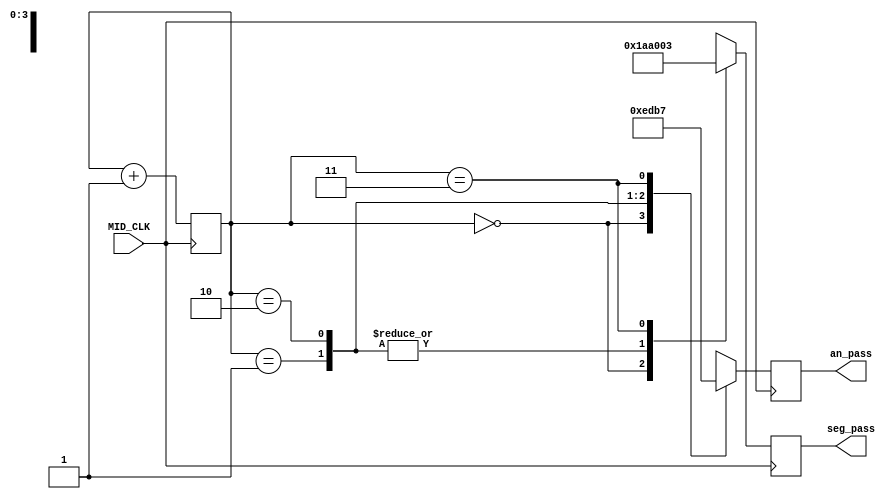
`timescale 1ns / 1ps


module pass_test(input MID_CLK, output reg [3:0] an_pass = 0, output reg [6:0] seg_pass = 0);

    reg [6:0]M_char = 7'b1101010;
    reg [6:0]O_char = 7'b1000000;
    reg [6:0]B_char = 7'b0000011;
    reg[1:0] counter = 0;

    always@(posedge MID_CLK) begin
        counter <= counter + 1;
        case(counter)
        0: begin
           seg_pass <= M_char;
           an_pass <= 4'b1110;
           end
        1: begin
           seg_pass <= O_char;
           an_pass <= 4'b1101;
           end
        2: begin
           seg_pass <= O_char;
           an_pass <= 4'b1011;
           end           
        3: begin
           seg_pass <= B_char;
           an_pass <= 4'b0111;
           end  
        endcase
    end
    
endmodule